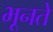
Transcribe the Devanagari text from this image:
भूनते